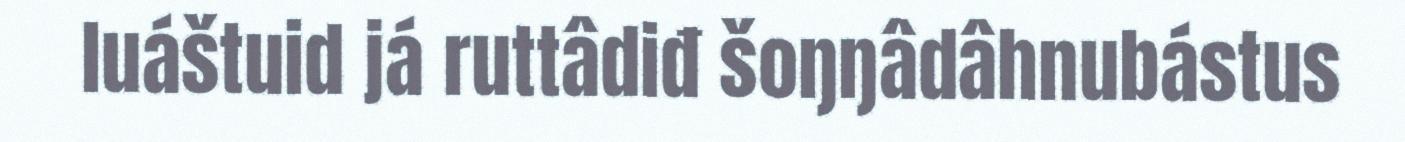
luáštuid já ruttâdiđ šoŋŋâdâhnubástus